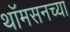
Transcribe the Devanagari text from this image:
थॉमसनच्या